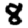
Digit: 8